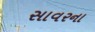
સાવરના